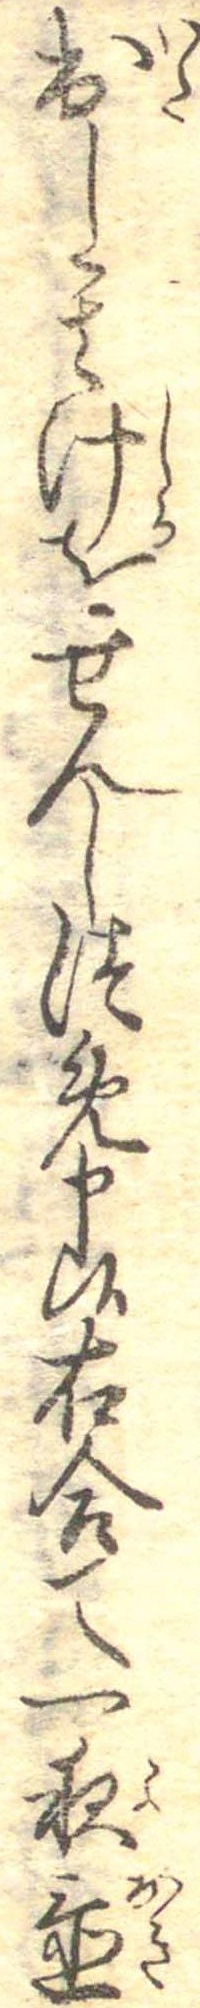
出し其汁をせんしつめ申候右合て一夜置